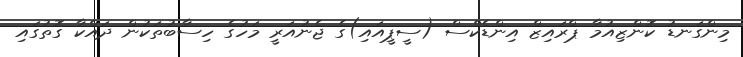
މިންގަނޑު ކޮންޒިއުމާ ޕްރައިޒް އިންޑެކްސް (ސީޕީއައި)ގެ ޖެނުއަރީ މަހުގެ ހިސާބުތަކުން ދައްކާ ގޮތުގައި